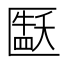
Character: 𫧘